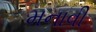
મનાવી